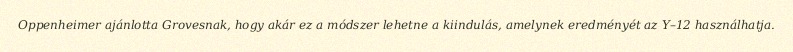
Oppenheimer ajánlotta Grovesnak, hogy akár ez a módszer lehetne a kiindulás, amelynek eredményét az Y–12 használhatja.